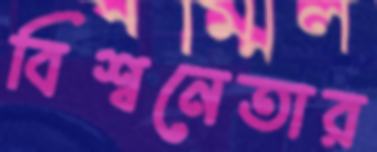
বিশ্বনেতার